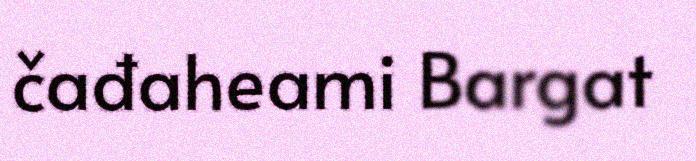
čađaheami Bargat